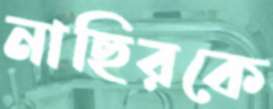
নাছিরকে